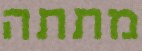
מתתה